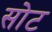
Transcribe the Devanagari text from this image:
सोट